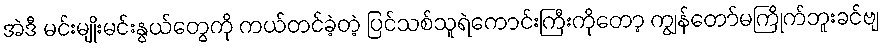
အဲဒီ မင်းမျိုးမင်းနွယ်တွေကို ကယ်တင်ခဲ့တဲ့ ပြင်သစ်သူရဲကောင်းကြီးကိုတော့ ကျွန်တော်မကြိုက်ဘူးခင်ဗျ